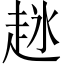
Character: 𬦋